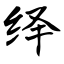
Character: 绎